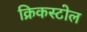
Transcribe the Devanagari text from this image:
क्रिकस्टोल